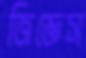
জিজ্ঞেস